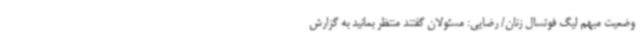
وضعیت مبهم لیگ فوتسال زنان/ رضایی: مسئولان گفتند منتظر بمانید به گزارش